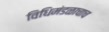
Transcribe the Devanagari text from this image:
विधिमंडळाचाच